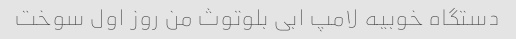
دستگاه خوبیه لامپ ابی بلوتوث من روز اول سوخت